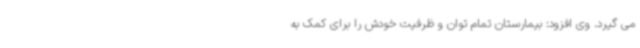
می گیرد. وی افزود: بیمارستان تمام توان و ظرفیت خودش را برای کمک به